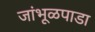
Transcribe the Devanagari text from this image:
जांभूळपाडा